Report of the Municipal Commissioner on the plague in Bombay for the year ending 31st May... - Volume 2
Disease focus: Plague
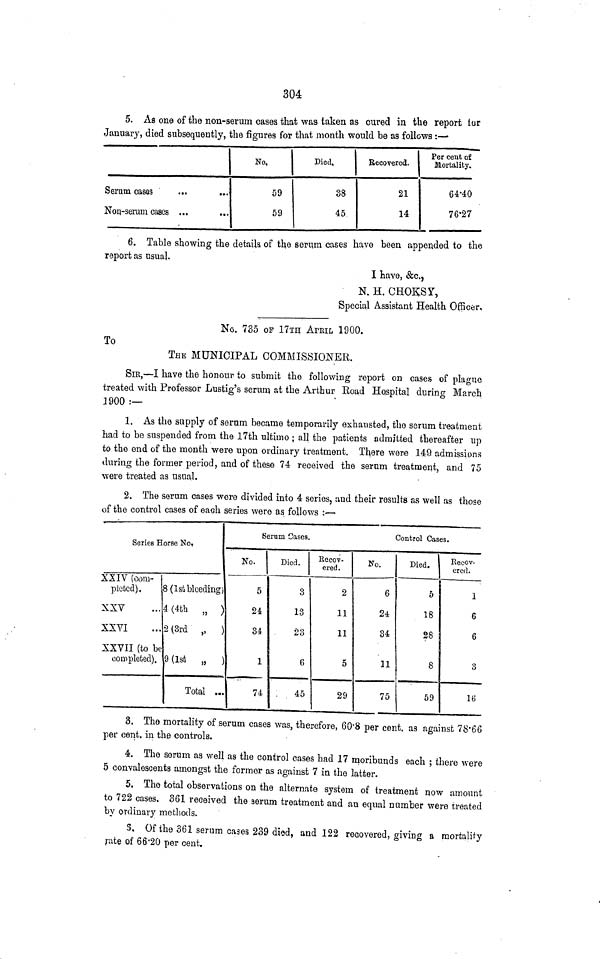
304
5. As one of the non-serum cases that was taken as cured in the report tur
January, died subsequently, the figures for that month would be as follows :—
Serum cases
...
...
Nori-serum cases ...
...
No.
59
59
Died,
38
45
Recovered.
21
14
rer ceut 01
Mortality.
64-40
76-27
6. Table showing the details of the serum cases have been appended to the
report as usual.
I haye, &c.,
N. H. CHOKOT,
Special Assistant Health Officer,
No. 735 OF 17TH APRIL 1900.
To
THE MUNICIPAL COMMISSIONER.
SIB,—I have the honour to submit the following report on cases of plague
treated with Professor Lustig's serum at the Arthur Road Hospital during March
3900 :—
1. As the supply of serum became temporarily exhausted, the serum treatment
had to be suspended from the 17th ultimo ; all the patients admitted thereafter up
to the end of the month were upon ordinary treatment. There were 149 admissions
during the former period, and of these 74 received the serum treatment, and 75
were treated as usual.
2. The serum cases were divided into 4 series, and their results as well as those
of the control cases of each series were as follows :•—
Series Horse No»
£XIV (com-
pleted).
XXV
XXVI
XXVII (to be
completed).
8 (1st bleeding)
4 (4th „ )
2 (3rd „
9 (Isfi „
Total ..
Serum Cases.
Control Cases.
No.
5
24
34
1
74
Died.
3
13
23
6
45
Recov-
ered .
2
11
11
5
29
No.
6
24
34
11
75
Died.
5
18
28
8
59
Recov-
er ed.
1
6
6
3
16
3. The mortality of serum cases was, therefore, GO'S per cent, as against 78'66
per cent, in the controls.
4. The serum as well as the control cases had 17 moribunds each ; there were
5 convalescents amongst the former as against 7 in the latter.
5. The total observations on the alternate system of treatment now amount
to 722 cases. 361 received the aerum treatment and an equal number were treated
by ordinary methods.
5. Of the 361 serum cases 239 died, and 122 recovered, giving a mortality
j-ate of 66-20 per cent.